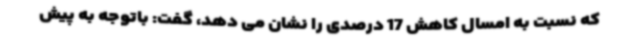
که نسبت به امسال کاهش 17 درصدی را نشان می دهد، گفت: باتوجه به پیش